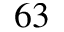
^ { 6 3 }